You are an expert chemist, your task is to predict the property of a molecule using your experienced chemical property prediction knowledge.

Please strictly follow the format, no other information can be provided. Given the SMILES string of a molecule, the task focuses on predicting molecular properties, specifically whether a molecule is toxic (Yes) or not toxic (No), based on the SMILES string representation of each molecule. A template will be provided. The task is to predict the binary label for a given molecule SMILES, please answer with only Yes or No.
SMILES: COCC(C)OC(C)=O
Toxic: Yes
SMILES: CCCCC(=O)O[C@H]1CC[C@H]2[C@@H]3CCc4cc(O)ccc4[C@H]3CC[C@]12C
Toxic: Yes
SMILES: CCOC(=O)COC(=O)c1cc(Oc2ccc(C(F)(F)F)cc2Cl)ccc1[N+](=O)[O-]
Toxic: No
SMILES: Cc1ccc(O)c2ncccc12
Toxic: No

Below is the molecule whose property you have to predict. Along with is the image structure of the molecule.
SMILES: O=S(=O)(c1ccccc1)c1ccc(Cl)cc1
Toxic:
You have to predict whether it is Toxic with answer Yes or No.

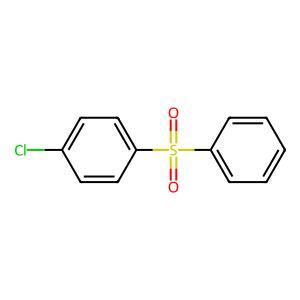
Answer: No